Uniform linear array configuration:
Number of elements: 64
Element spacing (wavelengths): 0.5
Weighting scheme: hamming
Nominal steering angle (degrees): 0
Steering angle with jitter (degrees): -0.6938
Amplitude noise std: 0.05
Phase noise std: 0.05

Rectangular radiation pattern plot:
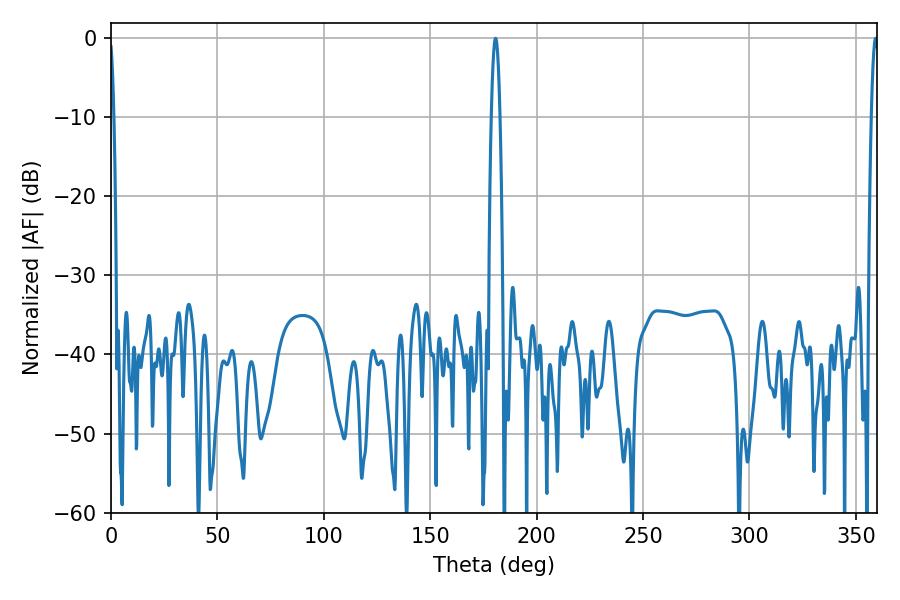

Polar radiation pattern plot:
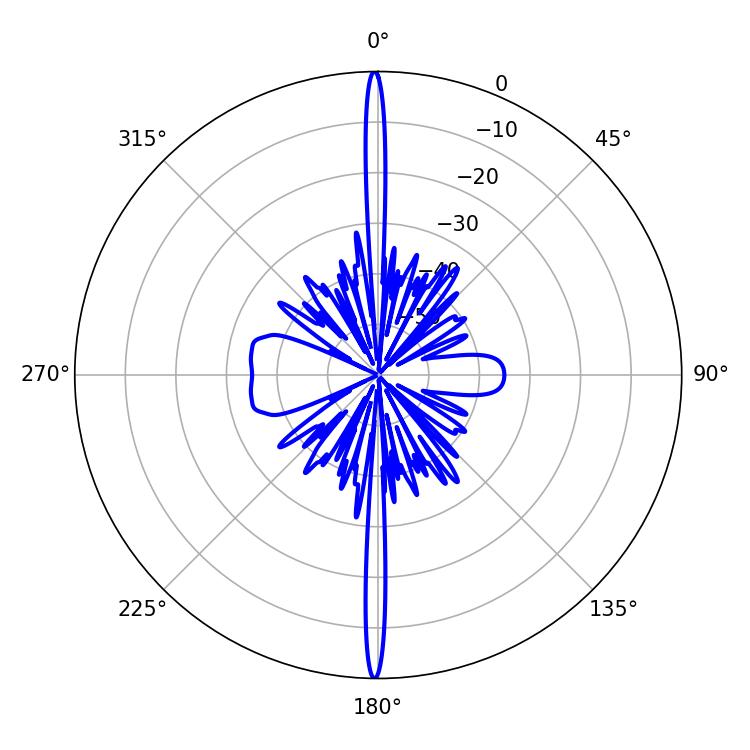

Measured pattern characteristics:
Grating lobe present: FALSE
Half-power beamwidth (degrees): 1.8
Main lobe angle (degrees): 359.28